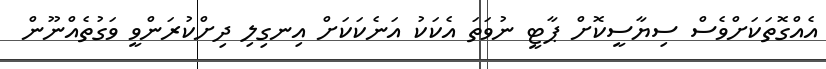
އެއްގޮތަކަށްވެސް ސިޔާސީކޮށް ޕާޓީ ނުވަތަ އެކަކު އަނެކަކަށް އިނގިލި ދިށްކުރަންވީ ވަގުތެއްނޫން